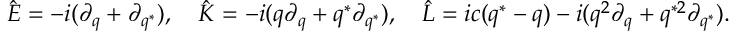
\hat { E } = - i ( \partial _ { q } + \partial _ { q ^ { * } } ) , ~ ~ ~ \hat { K } = - i ( q \partial _ { q } + q ^ { * } \partial _ { q ^ { * } } ) , ~ ~ ~ \hat { L } = i c ( q ^ { * } - q ) - i ( q ^ { 2 } \partial _ { q } + q ^ { * 2 } \partial _ { q ^ { * } } ) .